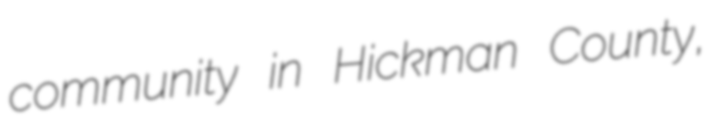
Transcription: community in Hickman County,